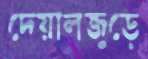
দেয়ালজুড়ে